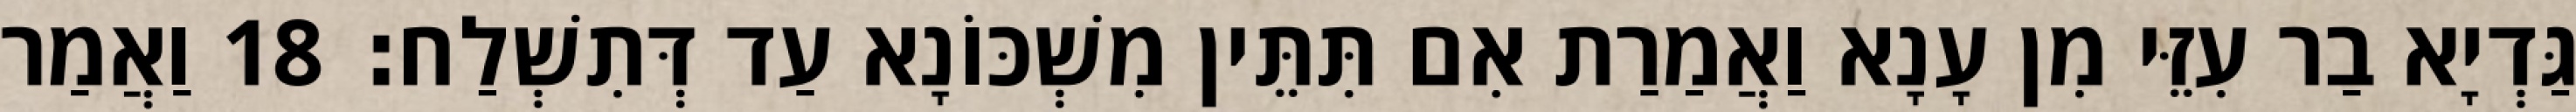
גַּדְיָא בַר עִזֵּי מִן עָנָא וַאֲמַרַת אִם תִּתֵּין מִשְׁכּוֹנָא עַד דְּתִשְׁלַח׃ 18 וַאֲמַר